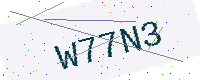
Text: W77N3